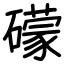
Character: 礞